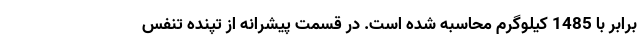
برابر با 1485 کیلوگرم محاسبه شده است. در قسمت پیشرانه از تپنده تنفس